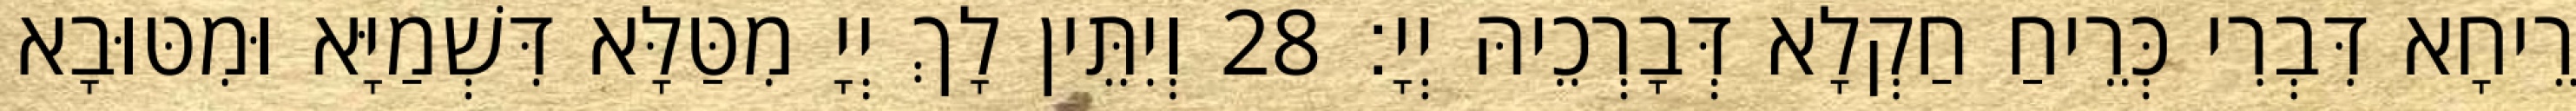
רֵיחָא דִּבְרִי כְּרֵיחַ חַקְלָא דְּבָרְכֵיהּ יְיָ׃ 28 וְיִתֵּין לָךְ יְיָ מִטַּלָּא דִּשְׁמַיָּא וּמִטּוּבָא